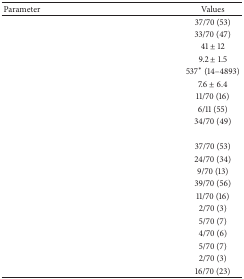
<table><thead><tr><td><b>Parameter</b></td><td><b>Values</b></td></tr></thead><tbody><tr><td>[EMPTY_CELL]</td><td>37/70 (53)</td></tr><tr><td>[EMPTY_CELL]</td><td>33/70 (47)</td></tr><tr><td>[EMPTY_CELL]</td><td>41 ± 12</td></tr><tr><td>[EMPTY_CELL]</td><td>9.2 ± 1.5</td></tr><tr><td>[EMPTY_CELL]</td><td>537∗ (14–4893)</td></tr><tr><td>[EMPTY_CELL]</td><td>7.6 ± 6.4</td></tr><tr><td>[EMPTY_CELL]</td><td>11/70 (16)</td></tr><tr><td>[EMPTY_CELL]</td><td>6/11 (55)</td></tr><tr><td>[EMPTY_CELL]</td><td>34/70 (49)</td></tr><tr><td>[EMPTY_CELL]</td><td>[EMPTY_CELL]</td></tr><tr><td>[EMPTY_CELL]</td><td>37/70 (53)</td></tr><tr><td>[EMPTY_CELL]</td><td>24/70 (34)</td></tr><tr><td>[EMPTY_CELL]</td><td>9/70 (13)</td></tr><tr><td>[EMPTY_CELL]</td><td>39/70 (56)</td></tr><tr><td>[EMPTY_CELL]</td><td>11/70 (16)</td></tr><tr><td>[EMPTY_CELL]</td><td>2/70 (3)</td></tr><tr><td>[EMPTY_CELL]</td><td>5/70 (7)</td></tr><tr><td>[EMPTY_CELL]</td><td>4/70 (6)</td></tr><tr><td>[EMPTY_CELL]</td><td>5/70 (7)</td></tr><tr><td>[EMPTY_CELL]</td><td>2/70 (3)</td></tr><tr><td>[EMPTY_CELL]</td><td>16/70 (23)</td></tr></tbody></table>